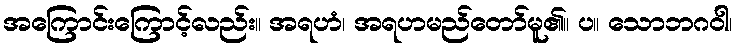
အကြောင်းကြောင့်လည်း။ အရဟံ၊ အရဟမည်တော်မူ၏။ ပ။ သောဘဂဝါ၊